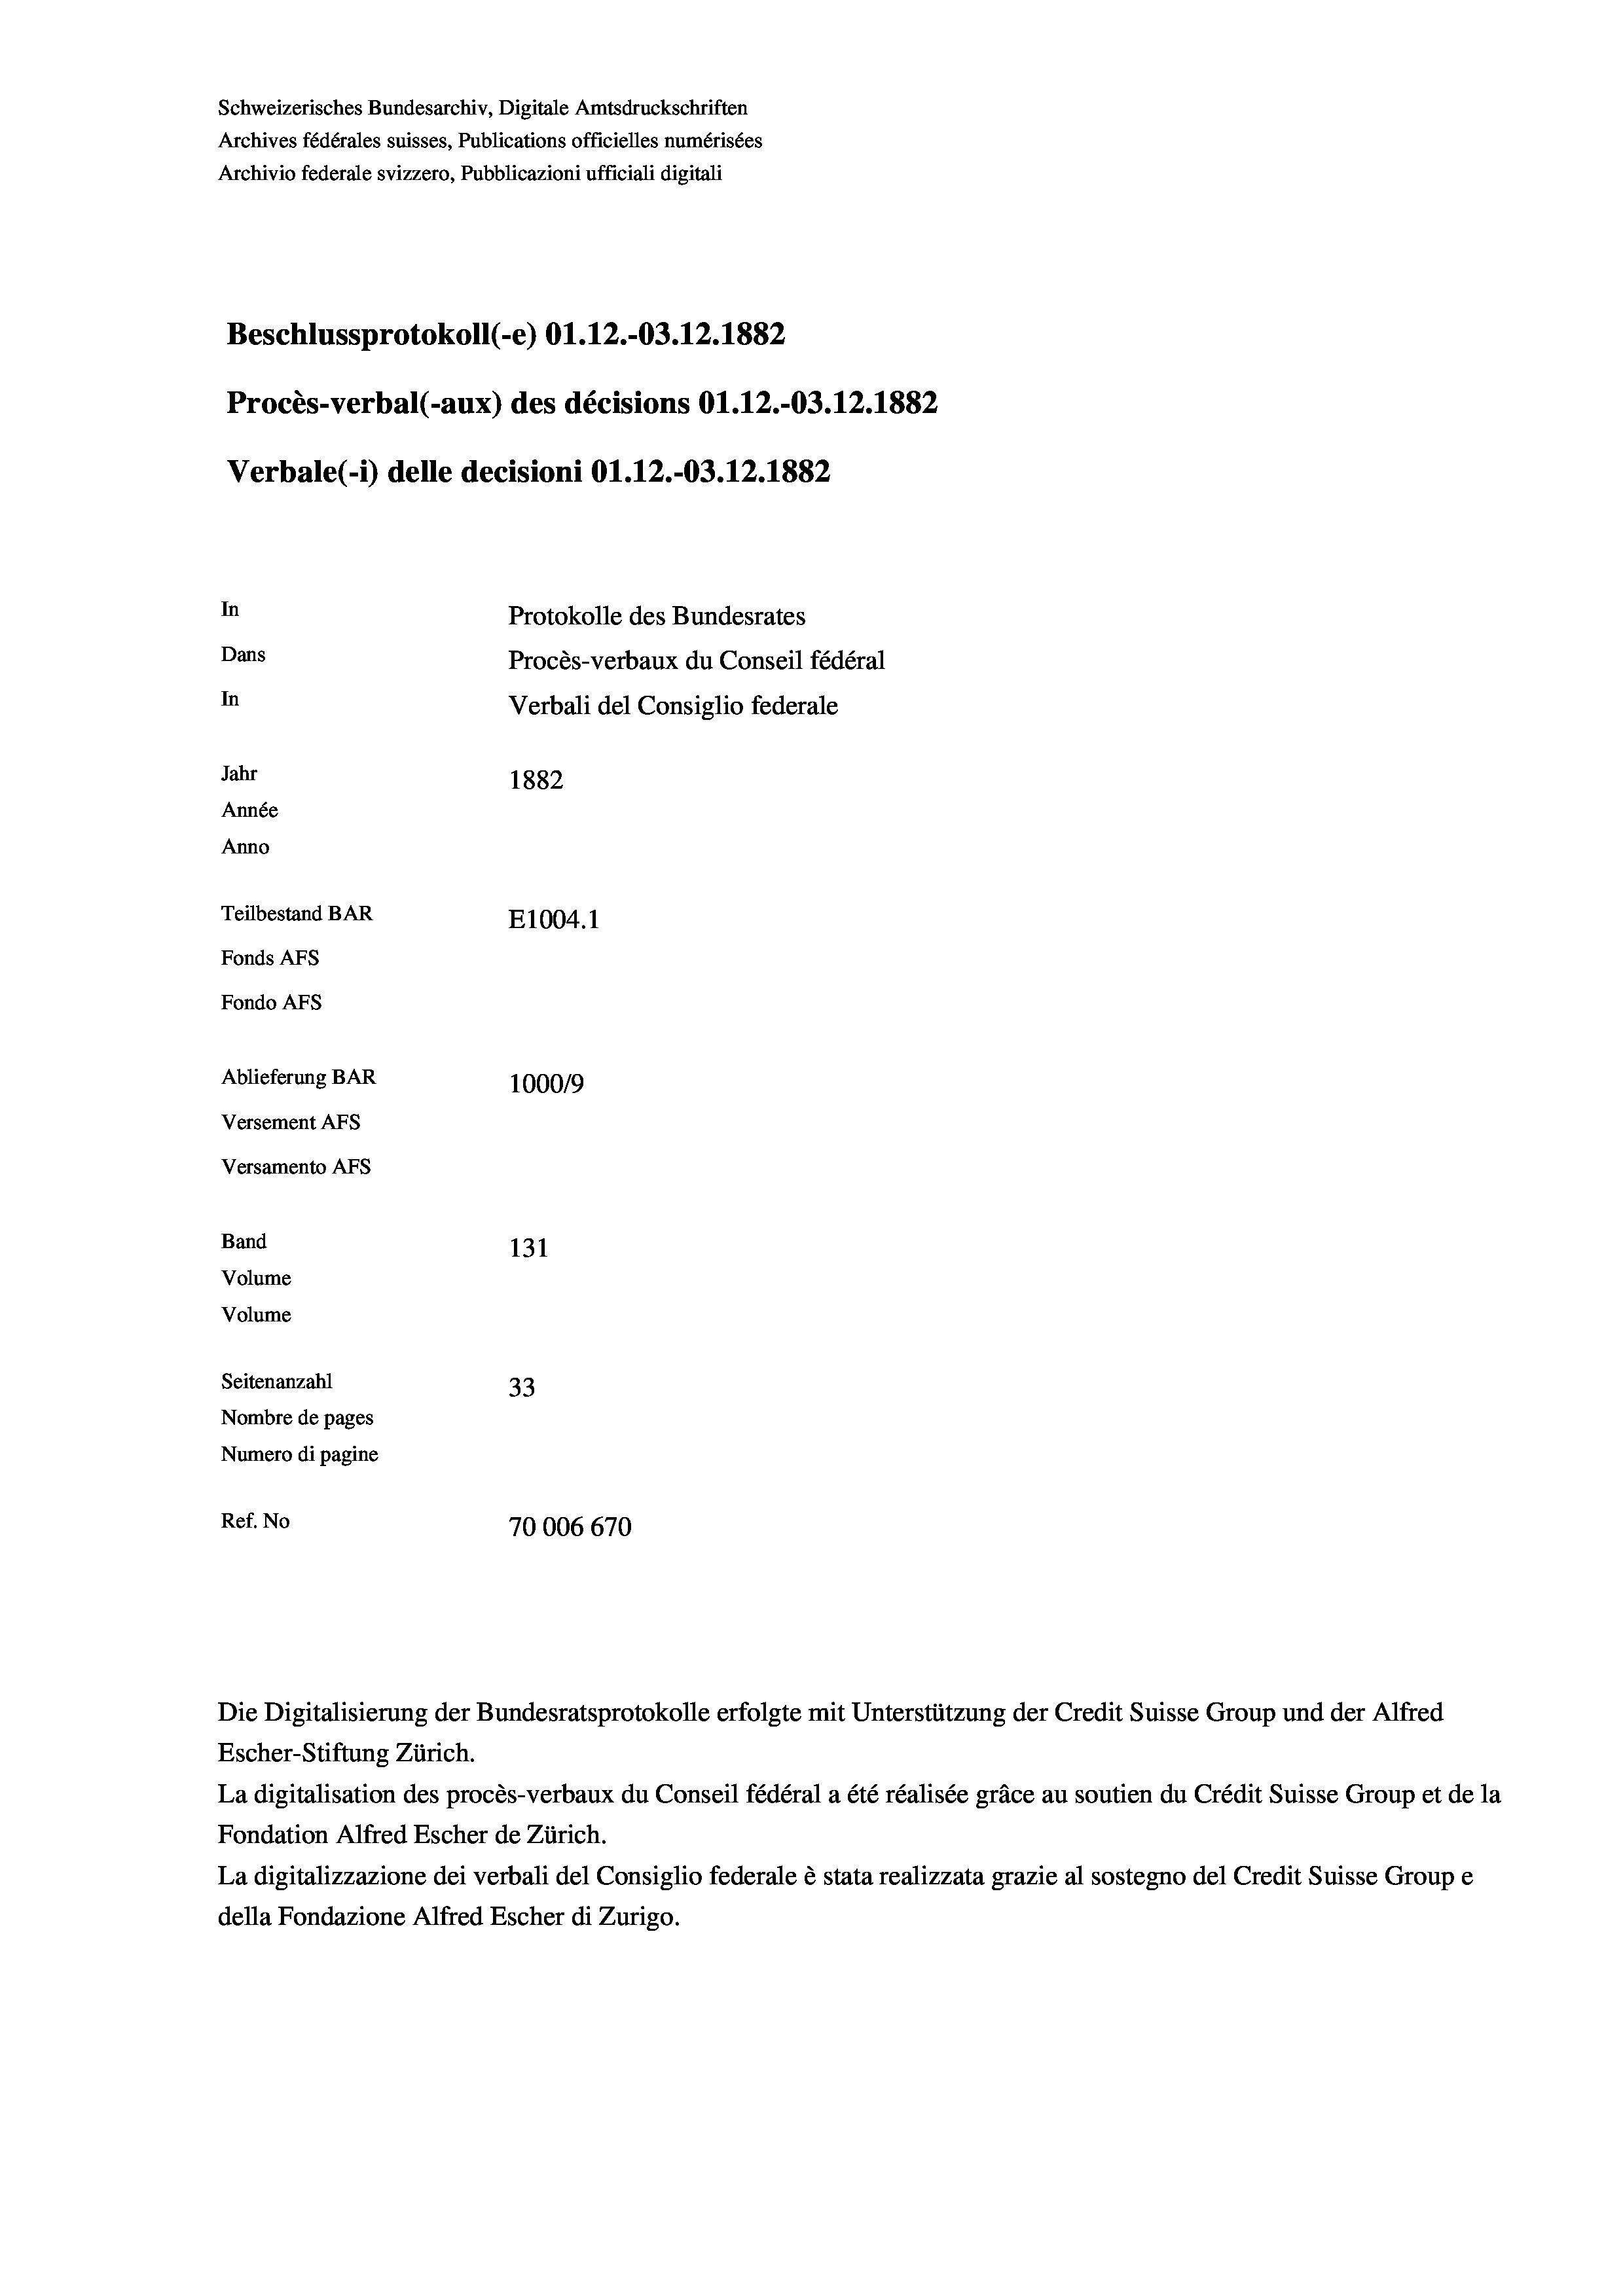
Schweizerisches Bundesarchiv, Digitale Amtsdruckschriften
Archives fédérales suisses, Publications officielles numérisées
Archivio federale svizzero, Pubblicazioni ufficiali digitali
Beschlussprotokoll (-e) O1.12.-03.12.1882
Procès-verbal (-aux) des décisions Ol.12.-03.12.1882
Verbale(-*) delle decisioni O1.12.-03.12.1882
In
Protokolle des Bundesrates
Dans
Procès-verbaux du Conseil fédéral
In
Verbali del Consiglio federale
Jahr
1882
Année
Anno
Teilbestand BAR
E1004. 1
Fonds AFs
Fondo AFs
Ablieferung BAR
100019
Versement AFs
Versamento Afs
Band
131
Volume
Volume
Seitenanzahl
33
Nombre de pages
Numero di pagine
Ref. No
70006670

Die Digitalisierung der Bundesratsprotokolle erfolgte mit Unterstützung der Credit Suisse Group und der Alfred
Escher-Stiftung Zürich.
La digitalisation des procès-verbaux du Conseil fédéral a été réalisée gräce au soutien du Crédit Suisse Group et de la
Fondation Alfred Escher de Zürich.
La digitalizzazione dei verbali del Consiglio federale è stata realizzata grazie al sostegno del Credit Suisse Groupe
della Fondazione Alfred Escher di Zurigo.